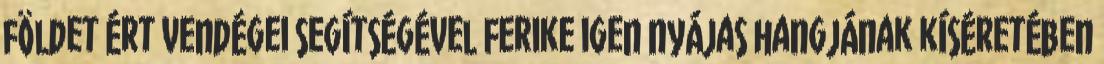
földet ért vendégei segítségével Ferike igen nyájas hangjának kíséretében